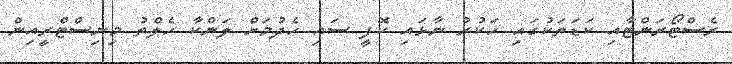
ރެސްޓޯރަންޓާއި ކަޑަތަކުގައި ހަކުރު ނާޅައި ކޮފީ ސައި ހެދުމަށް ލަންކާ ހެލްތު މިނިސްޓްރީއިން